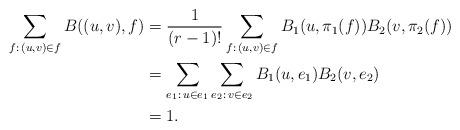
LaTeX: \begin{align*}\sum_{f:\,(u,v)\in f}B((u,v),f) & =\frac{1}{(r-1)!}\sum_{f:\,(u,v)\in f}B_1(u,\pi_1(f))B_2(v,\pi_2(f))\\& =\sum_{e_1:\,u\in e_1}\sum_{e_2:\,v\in e_2}B_1(u,e_1)B_2(v,e_2)\\& =1. \end{align*}